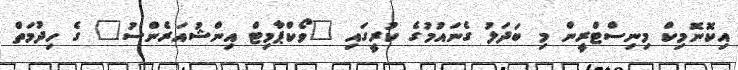
އިކޮނޮމިކް މިނިސްޓްރީން މި ބަދަލު ގެނައުމުގެ ކުރީގައި "ވޯކްޕާމިޓް އިންޝުއަރެންސު" ގެ ހިދުމަތް